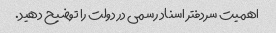
اهمیت سردفتر اسناد رسمی در دولت را توضیح دهید.